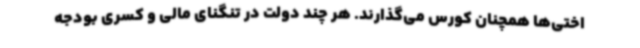
اختی‌ها همچنان کورس می‌گذارند. هر چند دولت در تنگنای مالی و کسری بودجه